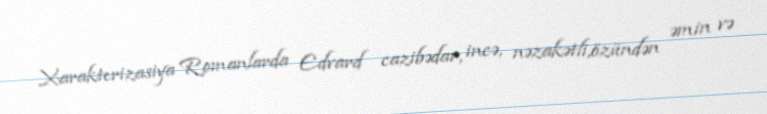
Xarakterizasiya Romanlarda Edvard cazibədar, incə, nəzakətli,özündən əmin və